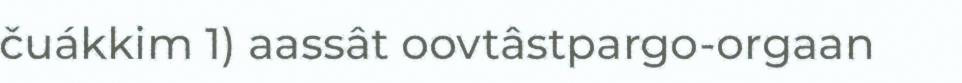
čuákkim 1) aassât oovtâstpargo-orgaan